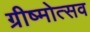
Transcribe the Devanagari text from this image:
ग्रीष्मोत्सव